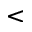
<